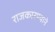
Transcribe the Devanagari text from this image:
राजकारण्याने